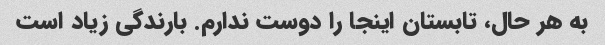
به هر حال، تابستان اینجا را دوست ندارم. بارندگی زیاد است